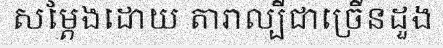
សម្តែងដោយ តារាល្បីជាច្រើនដួង